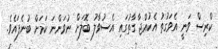
ކްރިސް ވަނީ އެވަގުތު އެކުއްޖާ ގާތުގައި އެސުވާލު ބޮލަށް ނުވަންނަ ކަމަށް ބުނެފައެވެ.